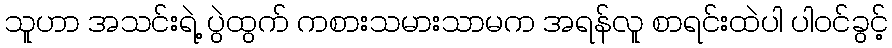
သူဟာ အသင်းရဲ့ ပွဲထွက် ကစားသမားသာမက အရန်လူ စာရင်းထဲပါ ပါဝင်ခွင့်